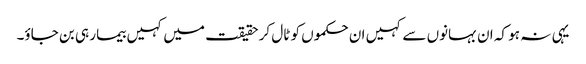
یہی نہ ہو کہ ان بہانوں سے کہیں ان حکموں کو ٹال کر حقیقت میں کہیں بیمار ہی بن جاؤ۔